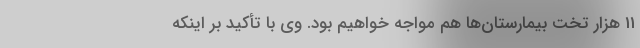
11 هزار تخت بیمارستان‌ها هم مواجه خواهیم بود. وی با تأکید بر اینکه